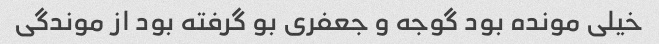
خیلی مونده بود گوجه و جعفری بو گرفته بود از موندگی